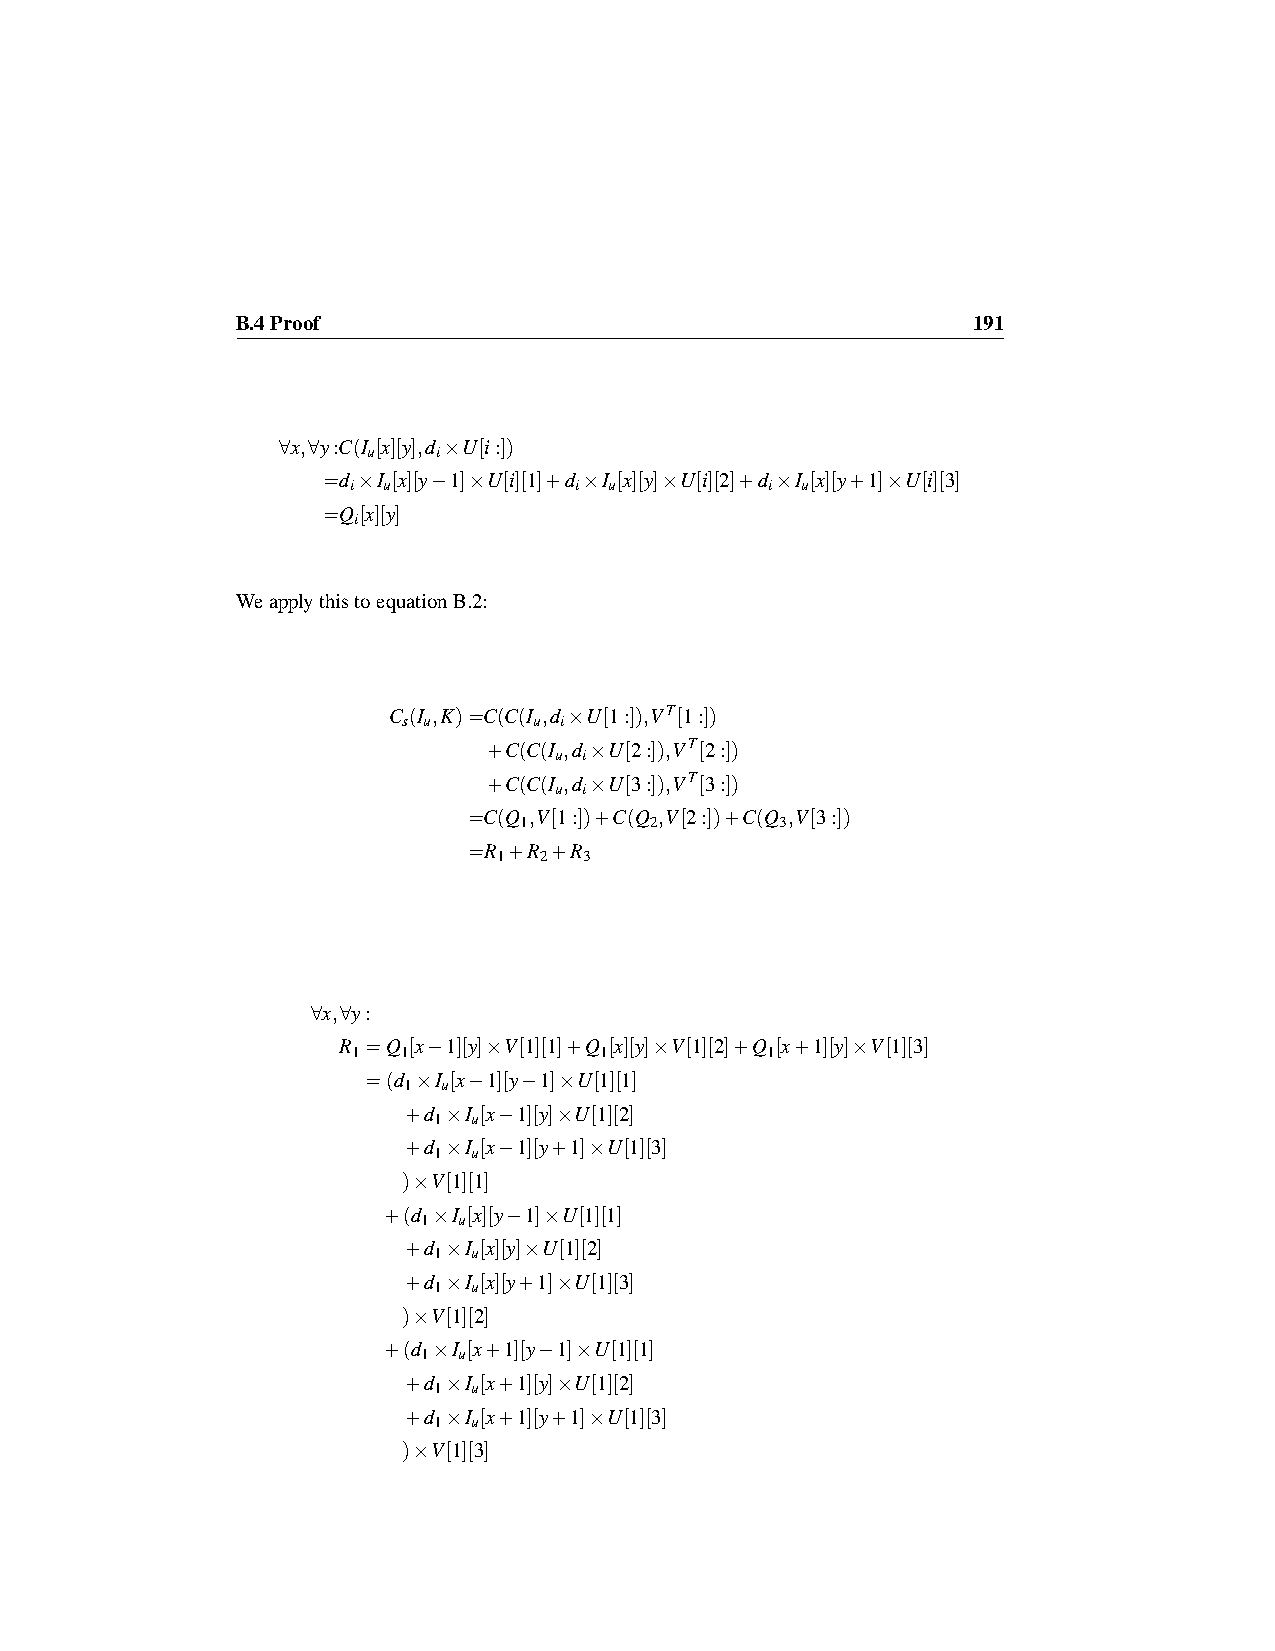
B.4Proof                                        191
 ∀x,∀y:C(I [x][y],d ×U[i:])
 u    i
 =d ×I [x][y−1]×U[i][1]+d ×I [x][y]×U[i][2]+d ×I [x][y+1]×U[i][3]
 i u            i u          i u
 =Q[x][y]
 i
 WeapplythistoequationB.2:
 C (I ,K)=C(C(I ,d ×U[1:]),VT[1:])
 s u     u i
 +C(C(I ,d ×U[2:]),VT[2:])
 u i
 +C(C(I ,d ×U[3:]),VT[3:])
 u i
 =C(Q ,V[1:])+C(Q ,V[2:])+C(Q ,V[3:])
 1        2        3
 =R +R +R
 1  2  3
 ∀x,∀y:
 R =Q [x−1][y]×V[1][1]+Q [x][y]×V[1][2]+Q [x+1][y]×V[1][3]
 1   1            1          1
 =(d ×I [x−1][y−1]×U[1][1]
 1 u
 +d ×I [x−1][y]×U[1][2]
 1 u
 +d ×I [x−1][y+1]×U[1][3]
 1 u
 )×V[1][1]
 +(d ×I [x][y−1]×U[1][1]
 1 u
 +d ×I [x][y]×U[1][2]
 1 u
 +d ×I [x][y+1]×U[1][3]
 1 u
 )×V[1][2]
 +(d ×I [x+1][y−1]×U[1][1]
 1 u
 +d ×I [x+1][y]×U[1][2]
 1 u
 +d ×I [x+1][y+1]×U[1][3]
 1 u
 )×V[1][3]